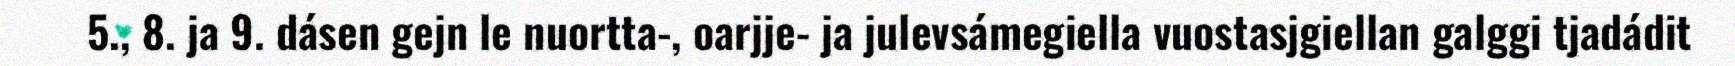
5., 8. ja 9. dásen gejn le nuortta-, oarjje- ja julevsámegiella vuostasjgiellan galggi tjadádit